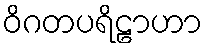
ဝိဂတပရိဠာဟာ